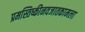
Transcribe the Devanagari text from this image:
प्रमस्तिष्कीनवजातकामला